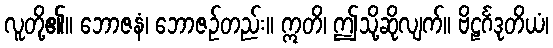
လူတို့၏။ ဘောဇနံ၊ ဘောဇဉ်တည်း။ ဣတိ၊ ဤသို့ဆိုလျက်။ ဗိဠင်္ဂဒုတိယံ၊